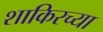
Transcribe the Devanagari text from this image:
शाकिरच्या